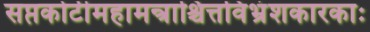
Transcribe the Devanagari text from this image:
सप्तकोटीमहामन्त्राश्चित्तविभ्रंशकारकाः